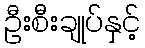
ဦးစီးချုပ်နှင့်